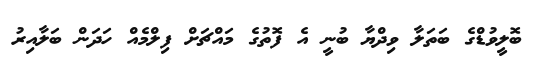
ބޮލީވުޑްގެ ބަތަލާ ވިދްޔާ ބުނީ އެ ފޮތުގެ މައްޗަށް ފިލްމެއް ހަދަން ބަލާއިރު